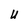
Character: U